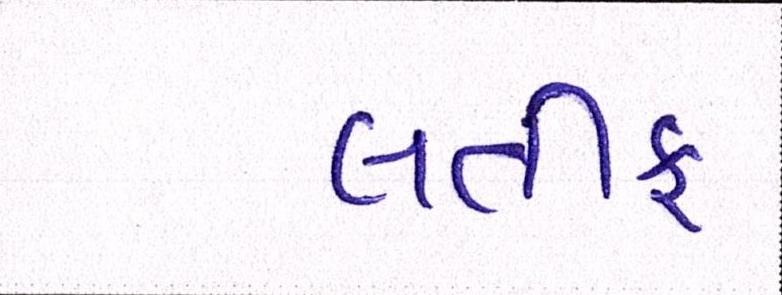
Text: લતીફ